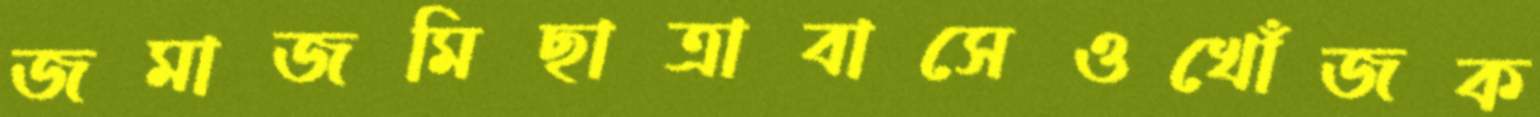
জমাজমিছাত্রাবাসেওখোঁজক